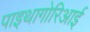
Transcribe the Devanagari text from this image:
पाइथागोरिआई